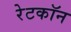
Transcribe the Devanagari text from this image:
रेटकॉन